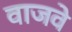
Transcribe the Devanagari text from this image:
वाजवे